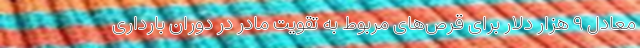
معادل ۹ هزار دلار برای قرص‌های مربوط به تقویت مادر در دوران بارداری